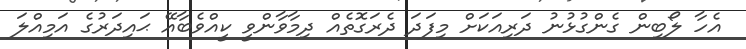
އެހާ ލޯބިން ގެންގުޅުނު ދަރިއަކަށް މިފަދަ ދެރަގޮތެއް ދިމާވާންވީ ކީއްވެބާއޭ ޙައިދަރުގެ އަމިއްލަ